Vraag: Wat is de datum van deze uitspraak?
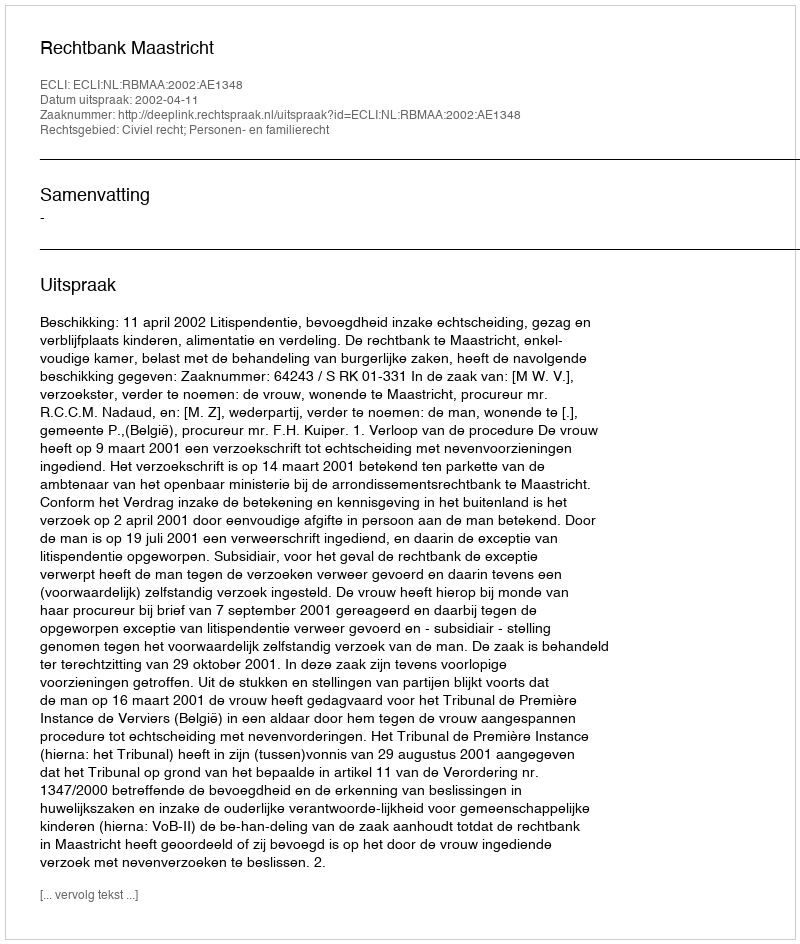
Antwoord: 2002-04-11